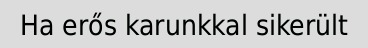
Ha erős karunkkal sikerült